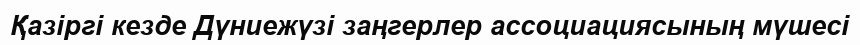
Қазіргі кезде Дүниежүзі заңгерлер ассоциациясының мүшесі